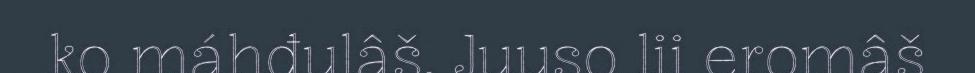
ko máhđulâš. Juuso lii eromâš